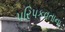
પરિપકવતાના